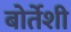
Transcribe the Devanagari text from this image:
बोर्तेशी